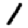
Digit: 1